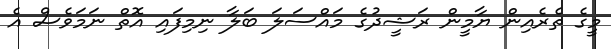
މީގެ ތެރެއިން ޔާމީން ރަޝީދުގެ މައްސަލަ ބަލާ ނިމިފައި އޮތް ނަމަވެސް އެ